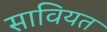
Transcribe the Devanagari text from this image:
सावियत